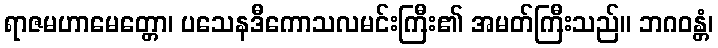
ရာဇမဟာမေတ္တော၊ ပသေနဒီကောသလမင်းကြီး၏ အမတ်ကြီးသည်။ ဘဂဝန္တံ၊